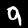
Label: 9